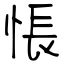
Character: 悵